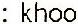
: KHOO